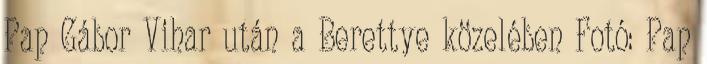
Pap Gábor Vihar után a Berettye közelében Fotó: Pap